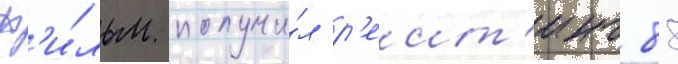
ф'и́льм получи́л р'еит'инг 88